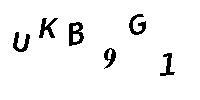
UKB9G1